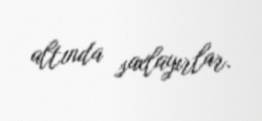
altında saxlayırlar.